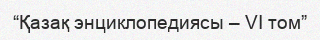
“Қазақ энциклопедиясы – VI том”